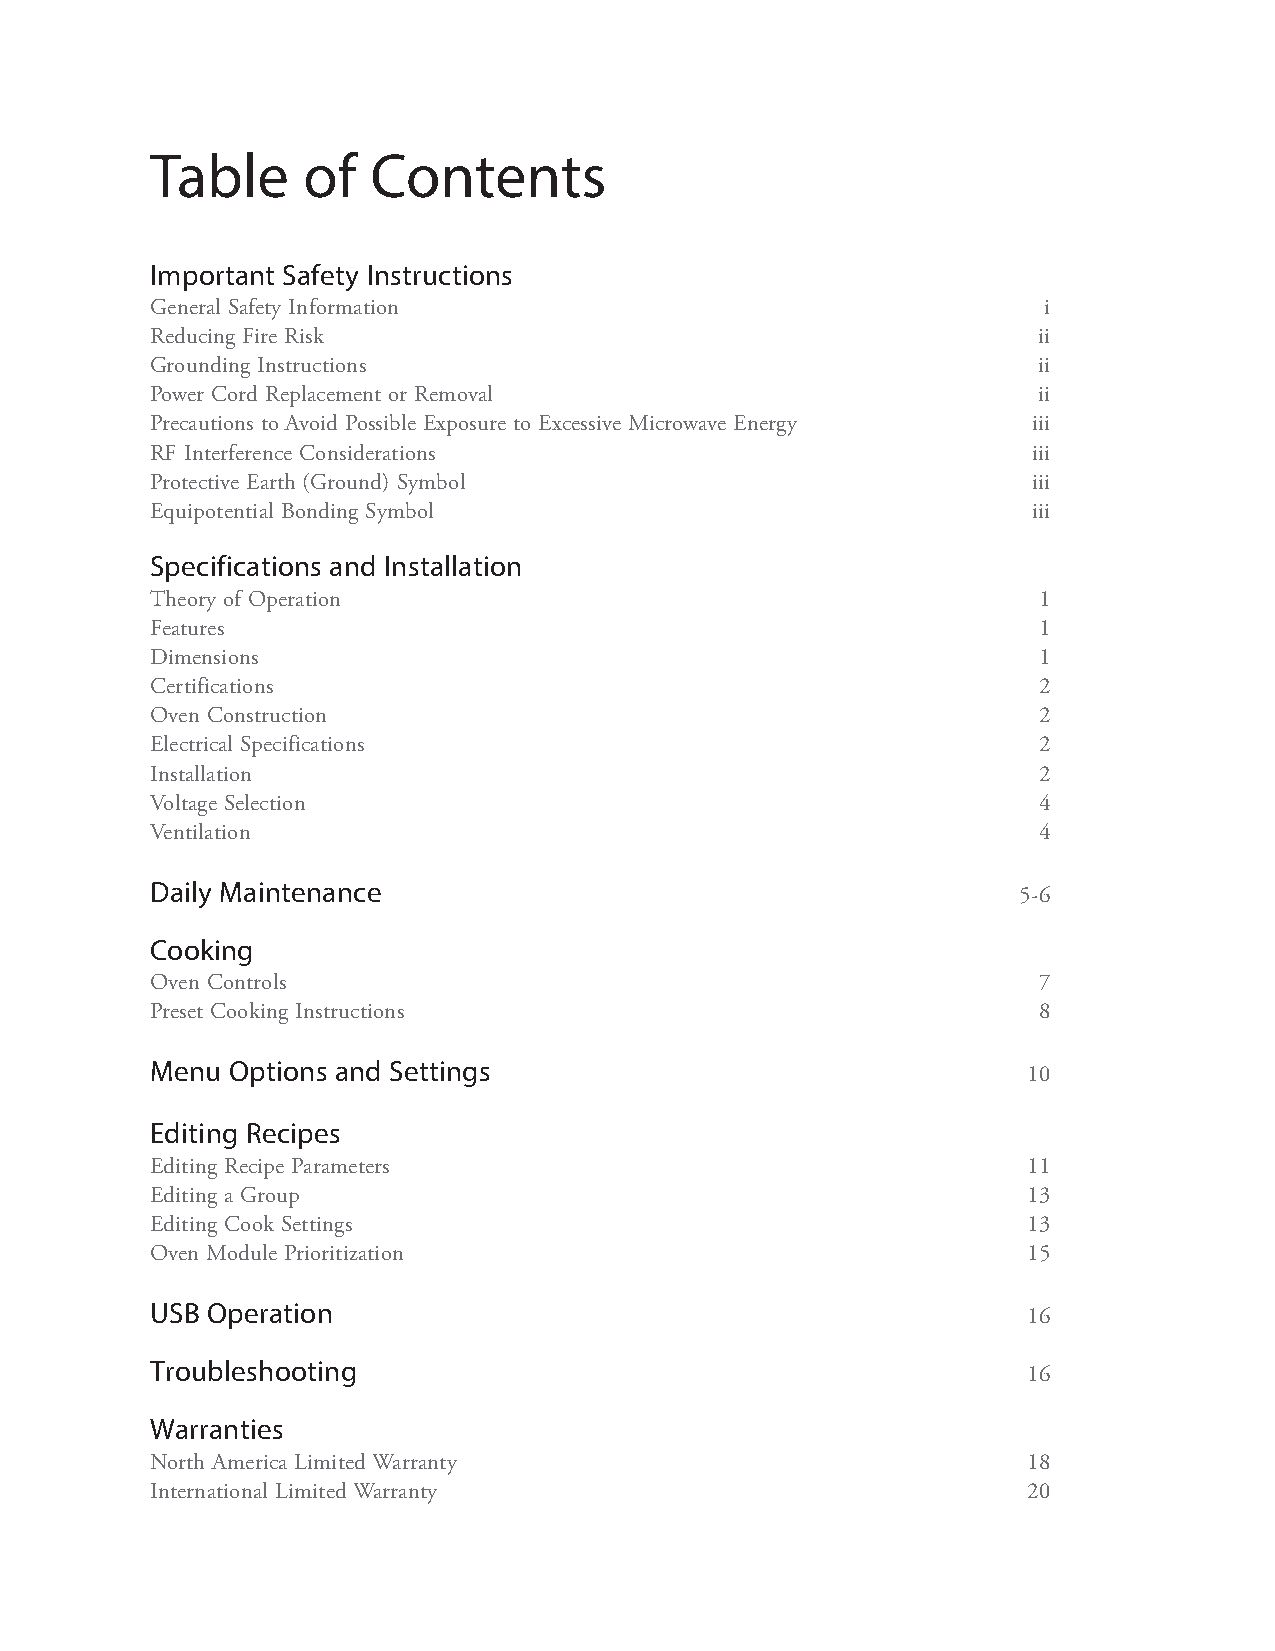
Table     of   Contents
 Important Safety Instructions
 General Safety Information                                 i
 Reducing Fire Risk                                         ii
 Grounding Instructions                                     ii
 Power Cord Replacement or Removal                          ii
 Precautions to Avoid Possible Exposure to Excessive Microwave Energy iii
 RF Interference Considerations                            iii
 Protective Earth (Ground) Symbol                          iii
 Equipotential Bonding Symbol                              iii
 Specifications and Installation
 Theory of Operation                                        1
 Features                                                   1
 Dimensions                                                 1
 Certifications                                             2
 Oven Construction                                          2
 Electrical Specifications                                  2
 Installation                                               2
 Voltage Selection                                          4
 Ventilation                                                4
 Daily Maintenance
 5-6
 Cooking
 Oven Controls                                              7
 Preset Cooking Instructions                                8
 Menu Options and Settings
 10
 Editing Recipes
 Editing Recipe Parameters                                 11
 Editing a Group                                           13
 Editing Cook Settings                                     13
 Oven Module Prioritization                                15
 USB Operation
 16
 Troubleshooting
 16
 Warranties
 North America Limited Warranty                            18
 International Limited Warranty                            20